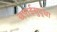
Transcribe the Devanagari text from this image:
छपाईसुद्धा